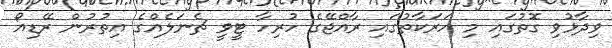
ވިދާޅުވި ގޮތުގައި މި ހަރަކާތުގައި ރާއްޖޭގެ ހުރިހާ ޓީވީ ޗެނަލެއްގެ އިތުރުން ރޭޑިއޯ